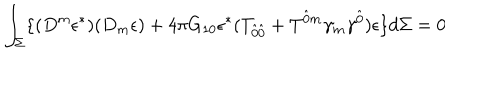
LaTeX: \int _ { \Sigma } \lbrace ( D ^ { m } \epsilon ^ { \ast } ) ( D _ { m } \epsilon ) + 4 \pi G _ { 1 0 } \epsilon ^ { \ast } ( T _ { \hat { 0 } \hat { 0 } } + T ^ { \hat { 0 } m } \gamma _ { m } \gamma ^ { \hat { 0 } } ) \epsilon \rbrace d \Sigma = 0